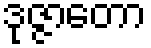
ဒုဇ္ဇာတော